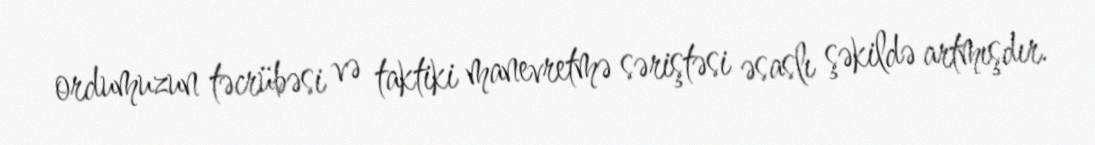
ordumuzun təcrübəsi və taktiki manevretmə səriştəsi əsaslı şəkildə artmışdır.